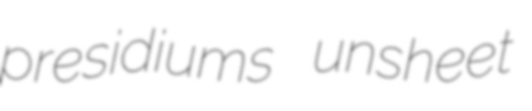
presidiums unsheet